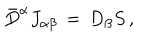
LaTeX: \bar { D } ^ { \dot { \alpha } } J _ { \dot { \alpha } \beta } \, = \, D _ { \beta } S \, ,